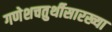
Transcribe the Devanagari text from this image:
गणेशचतुर्थीसारख्या